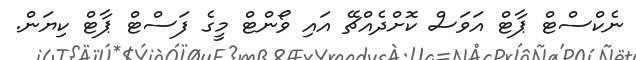
ނެކްސްޓް ޕާޓް އަވަސް ކޮށްދެއްޗޭ އައި ވޯންޓް މީގެ ފަސްޓް ޕާޓް ކިޔަން.